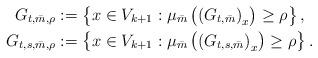
LaTeX: \begin{gather*}G_{t, \bar{m}, \rho} := \left\{x \in V_{k+1} : \mu_{\bar{m}} \left( \left(G_{t,\bar{m}}\right)_x \right) \geq \rho \right\},\\G_{t,s, \bar{m}, \rho} := \left\{x \in V_{k+1} : \mu_{\bar{m}} \left( \left(G_{t,s,\bar{m}}\right)_x \right) \geq \rho \right\}.\end{gather*}